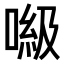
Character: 𠺻